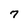
Character: 7